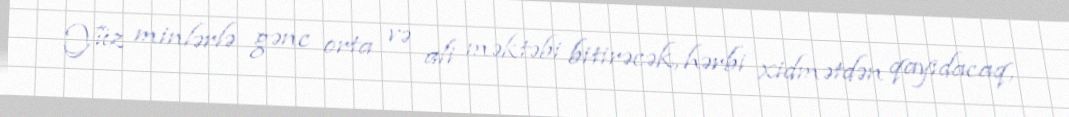
Yüz minlərlə gənc orta və ali məktəbi bitirəcək, hərbi xidmətdən qayıdacaq,